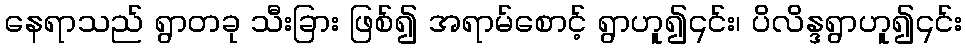
နေရာသည် ရွာတခု သီးခြား ဖြစ်၍ အရာမ်စောင့် ရွာဟူ၍၎င်း၊ ပိလိန္ဒရွာဟူ၍၎င်း